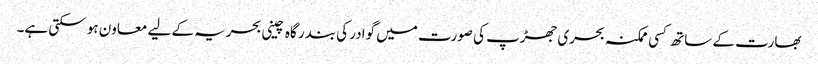
بھارت کے ساتھ کسی ممکنہ بحری جھڑپ کی صورت میں گوادر کی بندر گاہ چینی بحریہ کے لیے معاون ہو سکتی ہے۔